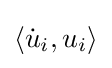
{\textstyle \langle {\dot {u}}_{i},u_{i}\rangle }